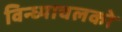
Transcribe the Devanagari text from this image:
विन्ध्याचलको